Report of the Municipal Commissioner on the plague in Bombay for the year ending 31st May... - Volume 2
Disease focus: Plague
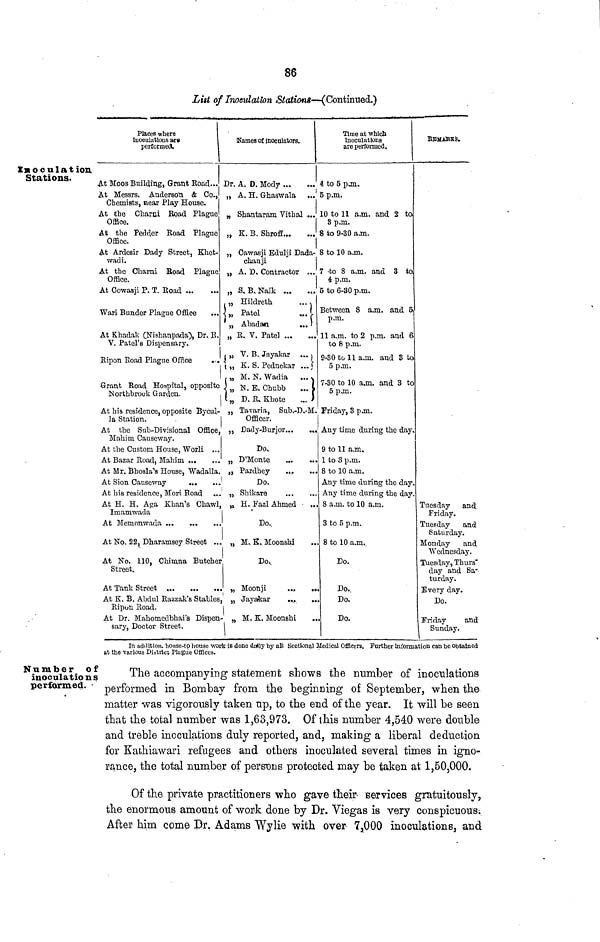
86
List of Inoculation Stations—(Continued.)
Inoculation
Stations.
Places where
inoculations are
performed.
At Moos Building, Grant Road...
Names of inoculators.
Dr. A. D. Mody
At Messrs. Anderstitt & Co., „ A. H. Grhaswala
...
Chemists, near Play House.
At the Charni Road Plague
Office,
At the Pedder Road Plague
Office.
At Ardesir Dady Street, Khet-
wadi.
At the Charni Boad Plague
Office.
At Cowasji P. T. Road
Wari Bunder Plague Office
...
At Khadak (Nishanpada), Dr. R.
V. Patel's Dispensary.
Ripon Road Plague Office
. .
Grant Road Hospital, opposite
Northbrouk Garden.
„ Shantaram Vithal ...
„ K. B. Shroff
„ Cawasji Edulji Dada-
chanji
„ A. D. Contractor ...
„ S. B. Naik
. „ Hildreth
...
Patel
..
„
Abadan
...
„ R. V. Patel ...
„ V. B. Jayakar ...
„ K. S. Pednekar ...
, „ M. N. Wadia ...
„ N.E. Chubb
...
„ D. R. Khote
...
At his residence, opposite Bycul- „ Tajaria, Sub.-D.-M.
la Station.
At the Sub-Divisional Office,
Mahim Causeway.
At the Custom House, Worli ...
At Bazar Road, Mahim
Officer.
„ Dady-Burjor
Do
„ D'Monte
At Mr. Bhosla House, Wadalla. „ Pardhey
At Sion Causeway
Do.
At his residence, Mori Road
.. „ Shikare
At H. H. Aga Khan's Chawl, „ H. Fazl Ahmed
Imamwacla
At Memonwada
At No. 22, Dharamsey Street ..
At No. 110, Chimna Butchei
Street.
At Tank Street ...
Do.
„ M. K. Moonshi
Do v
. „ Moonji
At K. B. Abdul Razzak's Stables, „ Jayakar
Ripon Road.
At Dr. Mahomedbhai's Dispen- „ M. K. Moonshi
sary, Doctor Street,
I
Time at which
Inoculations
are performed.
4 to 5 pjn.
B p.m.
10 to 11 a.m. and 2 to
8 p.m.
8 to 9-30 a.m.
8 to 10 a.m.
7 -to 8 a.m. and 3 to
i p.m.
6 to 6-30 p.m.
Between 8 a.m. and 5
p.m.
11 a.m. to 2 p.m. and 6
to 8 p.m.
9-30 to 11 a.m. and 3 to
5 p.m.
7-30 to 10 a.m. and 3 to
5 pjn.
Friday, 3 p.m.
Any time during the day.
9 to 11 a.m.
1 to 3 p.m.
8 to 10 a.m.
Any time during the day
Any time during the day
8 a.m. to 10 a.m.
3 to 5 p.m.
8 to 10 a.m..
Do.
Do.
Do.
Do.
REMARKS.
Tuesday and.
Friday.
Tuesday
and
Saturday.
Monday
and
Wednesday.
Tuesday, Thurs"
day and Sa-
turday.
Every day.
Do.
Friday
and
Sunday.
Number of
inoculations
performed.
In addition, honse-tp house work is done dodly by all Sectional Medical Officers. Further information can be obtained
at the Various District Plague Offices.
The accompanying statement shows the number of inoculations
performed in Bombay from the beginning of September, when the
matter was vigorously taken up, to the end of the year. It will be seen
that the total number was 1,63,973. Of this number 4,540 were double
and treble inoculations duly reported, and, making a liberal deduction
for Kathiawari refugees and others inoculated several times in igno-
rance, the total number of persons protected may be taken at 1,50,000.
Of the private practitioners who gave their services gratuitously,
the enormous amount of work done by Dr. Viegas is very conspicuous.
After him come Dr. Adams Wylie with over 7,000 inoculations, and